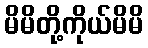
မိမိတို့ကိုယ်မိမိ